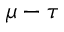
\mu - \tau